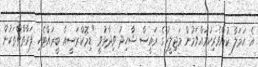
އެ ހަމަލާ ކުށްވެރިކުރައްވަމުން މަޖިލީހުގެ ރައީސް ޝާހިދު ވިދާޅުވީ "ޑިމޮކްރަސީއާ ބީރައްޓެހި ފަރާތްތްތަކުން